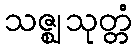
သဇ္ဈသုတ္တံ